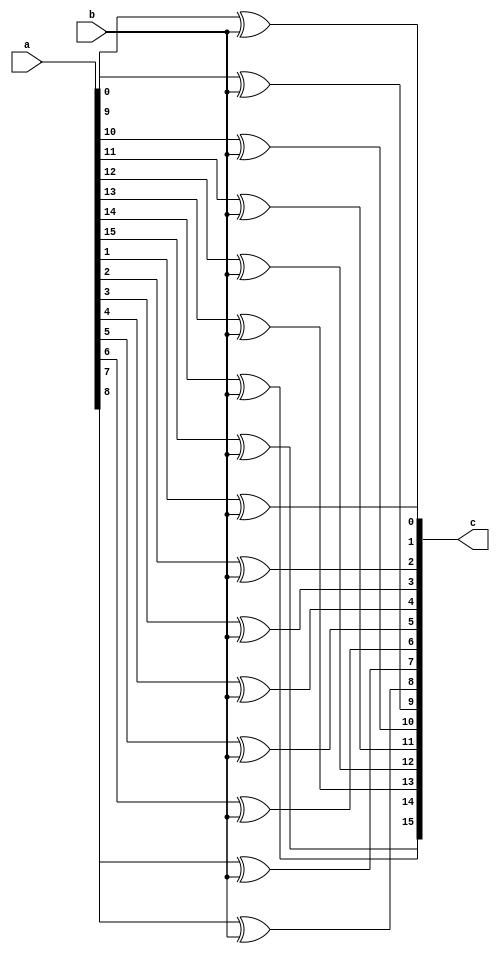
`timescale 1ns / 1ps

module xor_16_1(
		output[15:0] c,
		input [15:0] a,
		input b);
	genvar i;
	generate for(i=0; i <= 15; i=i+1)
	begin:loop
		xor(c[i], a[i], b);
	end
	endgenerate

endmodule